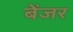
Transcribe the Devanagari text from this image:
बेंजर